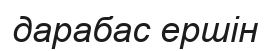
дарабас ершін